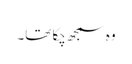
وہ سمجھ چکا تھا۔